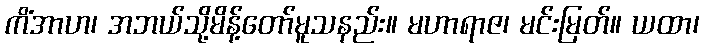
ကိံအာဟ၊ အဘယ်သို့မိန့်တော်မူသနည်း။ မဟာရာဇ၊ မင်းမြတ်။ ယထာ၊